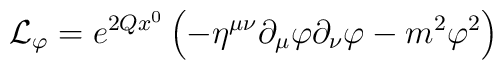
{\cal L}_\varphi= e^{2Qx^0}\left(-\eta^{\mu\nu} \partial_\mu \varphi \partial_\nu \varphi - m^2 \varphi^2\right)